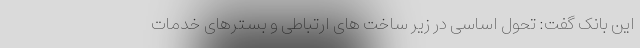
این بانک گفت: تحول اساسی در زیر ساخت های ارتباطی و بسترهای خدمات